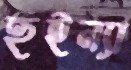
হুইন্যা